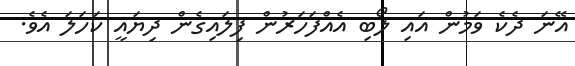
އޭނަ ދެކެ ވަމުން އައި ލޯބި އެއްފަހަރުން ފިލައިގެން ދިޔައީ ކަހަލަ އެވެ.